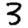
Digit: 3